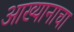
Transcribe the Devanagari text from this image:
आख्यानाचा